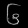
Digit: ၆